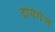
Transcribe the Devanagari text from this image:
दयिगंज